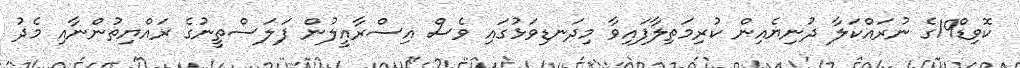
ކޮވިޑް19ގެ ނުރައްކަލާ ދުނިޔެއިން ކުރިމަތިލާފައިވާ މިދަނޑިވަޅުގައި ވެސް އިސްރާއީލުން ފަލަސްތީނުގެ ރައްޔިތުންނާއި މެދު